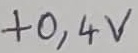
Text: +0,4V